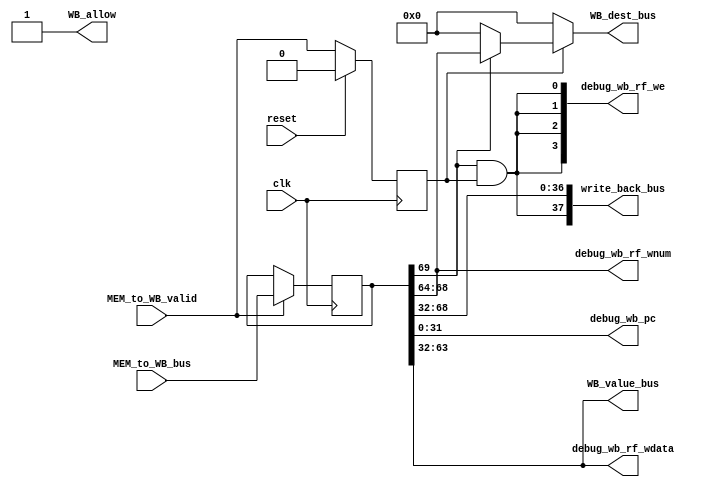
module WB_stage(
    input wire clk,
    input wire reset,
    input wire MEM_to_WB_valid,
    input wire [69:0] MEM_to_WB_bus,
    
    output wire WB_allow,
    output wire [37:0] write_back_bus,
    output wire [31:0] debug_wb_pc,
    output wire [ 3:0] debug_wb_rf_we,
    output wire [ 4:0] debug_wb_rf_wnum,
    output wire [31:0] debug_wb_rf_wdata,
    
    output wire [4:0] WB_dest_bus,
    output wire [31:0] WB_value_bus
);
    reg [69:0] MEM_to_WB_bus_r;
    reg WB_valid;
    wire WB_go;
    assign WB_go = 1'd1;
    assign WB_allow = ~WB_valid || WB_go;
    always @(posedge clk) begin
        if(reset) begin
            WB_valid <= 1'd0;
        end else if(WB_allow) begin
            WB_valid <= MEM_to_WB_valid;
        end
        
        if(MEM_to_WB_valid && WB_allow) begin
            MEM_to_WB_bus_r <= MEM_to_WB_bus;
        end
    end
    wire WB_gr_we;
    wire [4:0] WB_dest;
    wire [31:0] WB_final_result;
    wire [31:0] WB_pc;
    assign {WB_gr_we,
            WB_dest,
            WB_final_result,
            WB_pc
            } = MEM_to_WB_bus_r;
    
    assign WB_dest_bus = WB_valid ? (WB_gr_we ? WB_dest : 5'd0) : 5'd0 ;
    assign WB_value_bus = WB_final_result;
    
    wire rf_we;
    wire [4:0] rf_waddr;
    wire [31:0] rf_wdata;
    assign rf_we = WB_gr_we && WB_valid;
    assign rf_waddr = WB_dest;
    assign rf_wdata = WB_final_result;
    assign write_back_bus = {rf_we,
                             rf_waddr,
                             rf_wdata
                             };
    assign debug_wb_pc       = WB_pc;
    assign debug_wb_rf_we   = {4{rf_we}};
    assign debug_wb_rf_wnum  = WB_dest;
    assign debug_wb_rf_wdata = WB_final_result;
    
endmodule